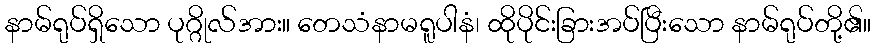
နာမ်ရုပ်ရှိသော ပုဂ္ဂိုလ်အား။ တေသံနာမရူပါနံ၊ ထိုပိုင်းခြားအပ်ပြီးသော နာမ်ရုပ်တို့၏။